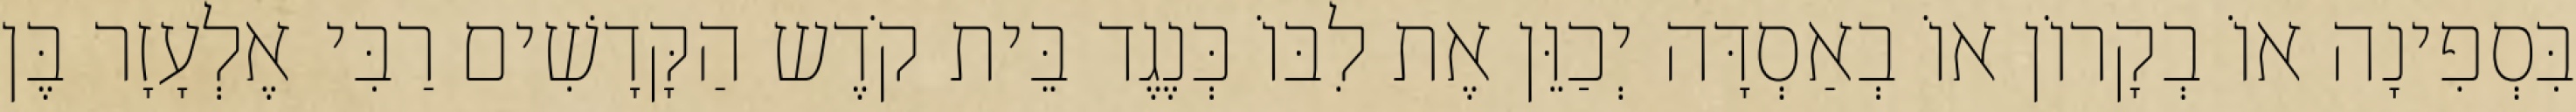
בִּסְפִינָה אוֹ בְקָרוֹן אוֹ בְאַסְדָּה יְכַוֵּן אֶת לִבּוֹ כְּנֶגֶד בֵּית קֹדֶש הַקָּדָשִׁים רַבִּי אֶלְעָזָר בֶּן